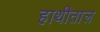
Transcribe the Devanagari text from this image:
हाथीताल